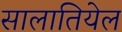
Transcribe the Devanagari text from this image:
सालातियेल